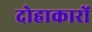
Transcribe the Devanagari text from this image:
दोहाकारों